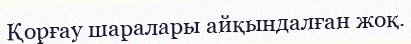
Қорғау шаралары айқындалған жоқ.